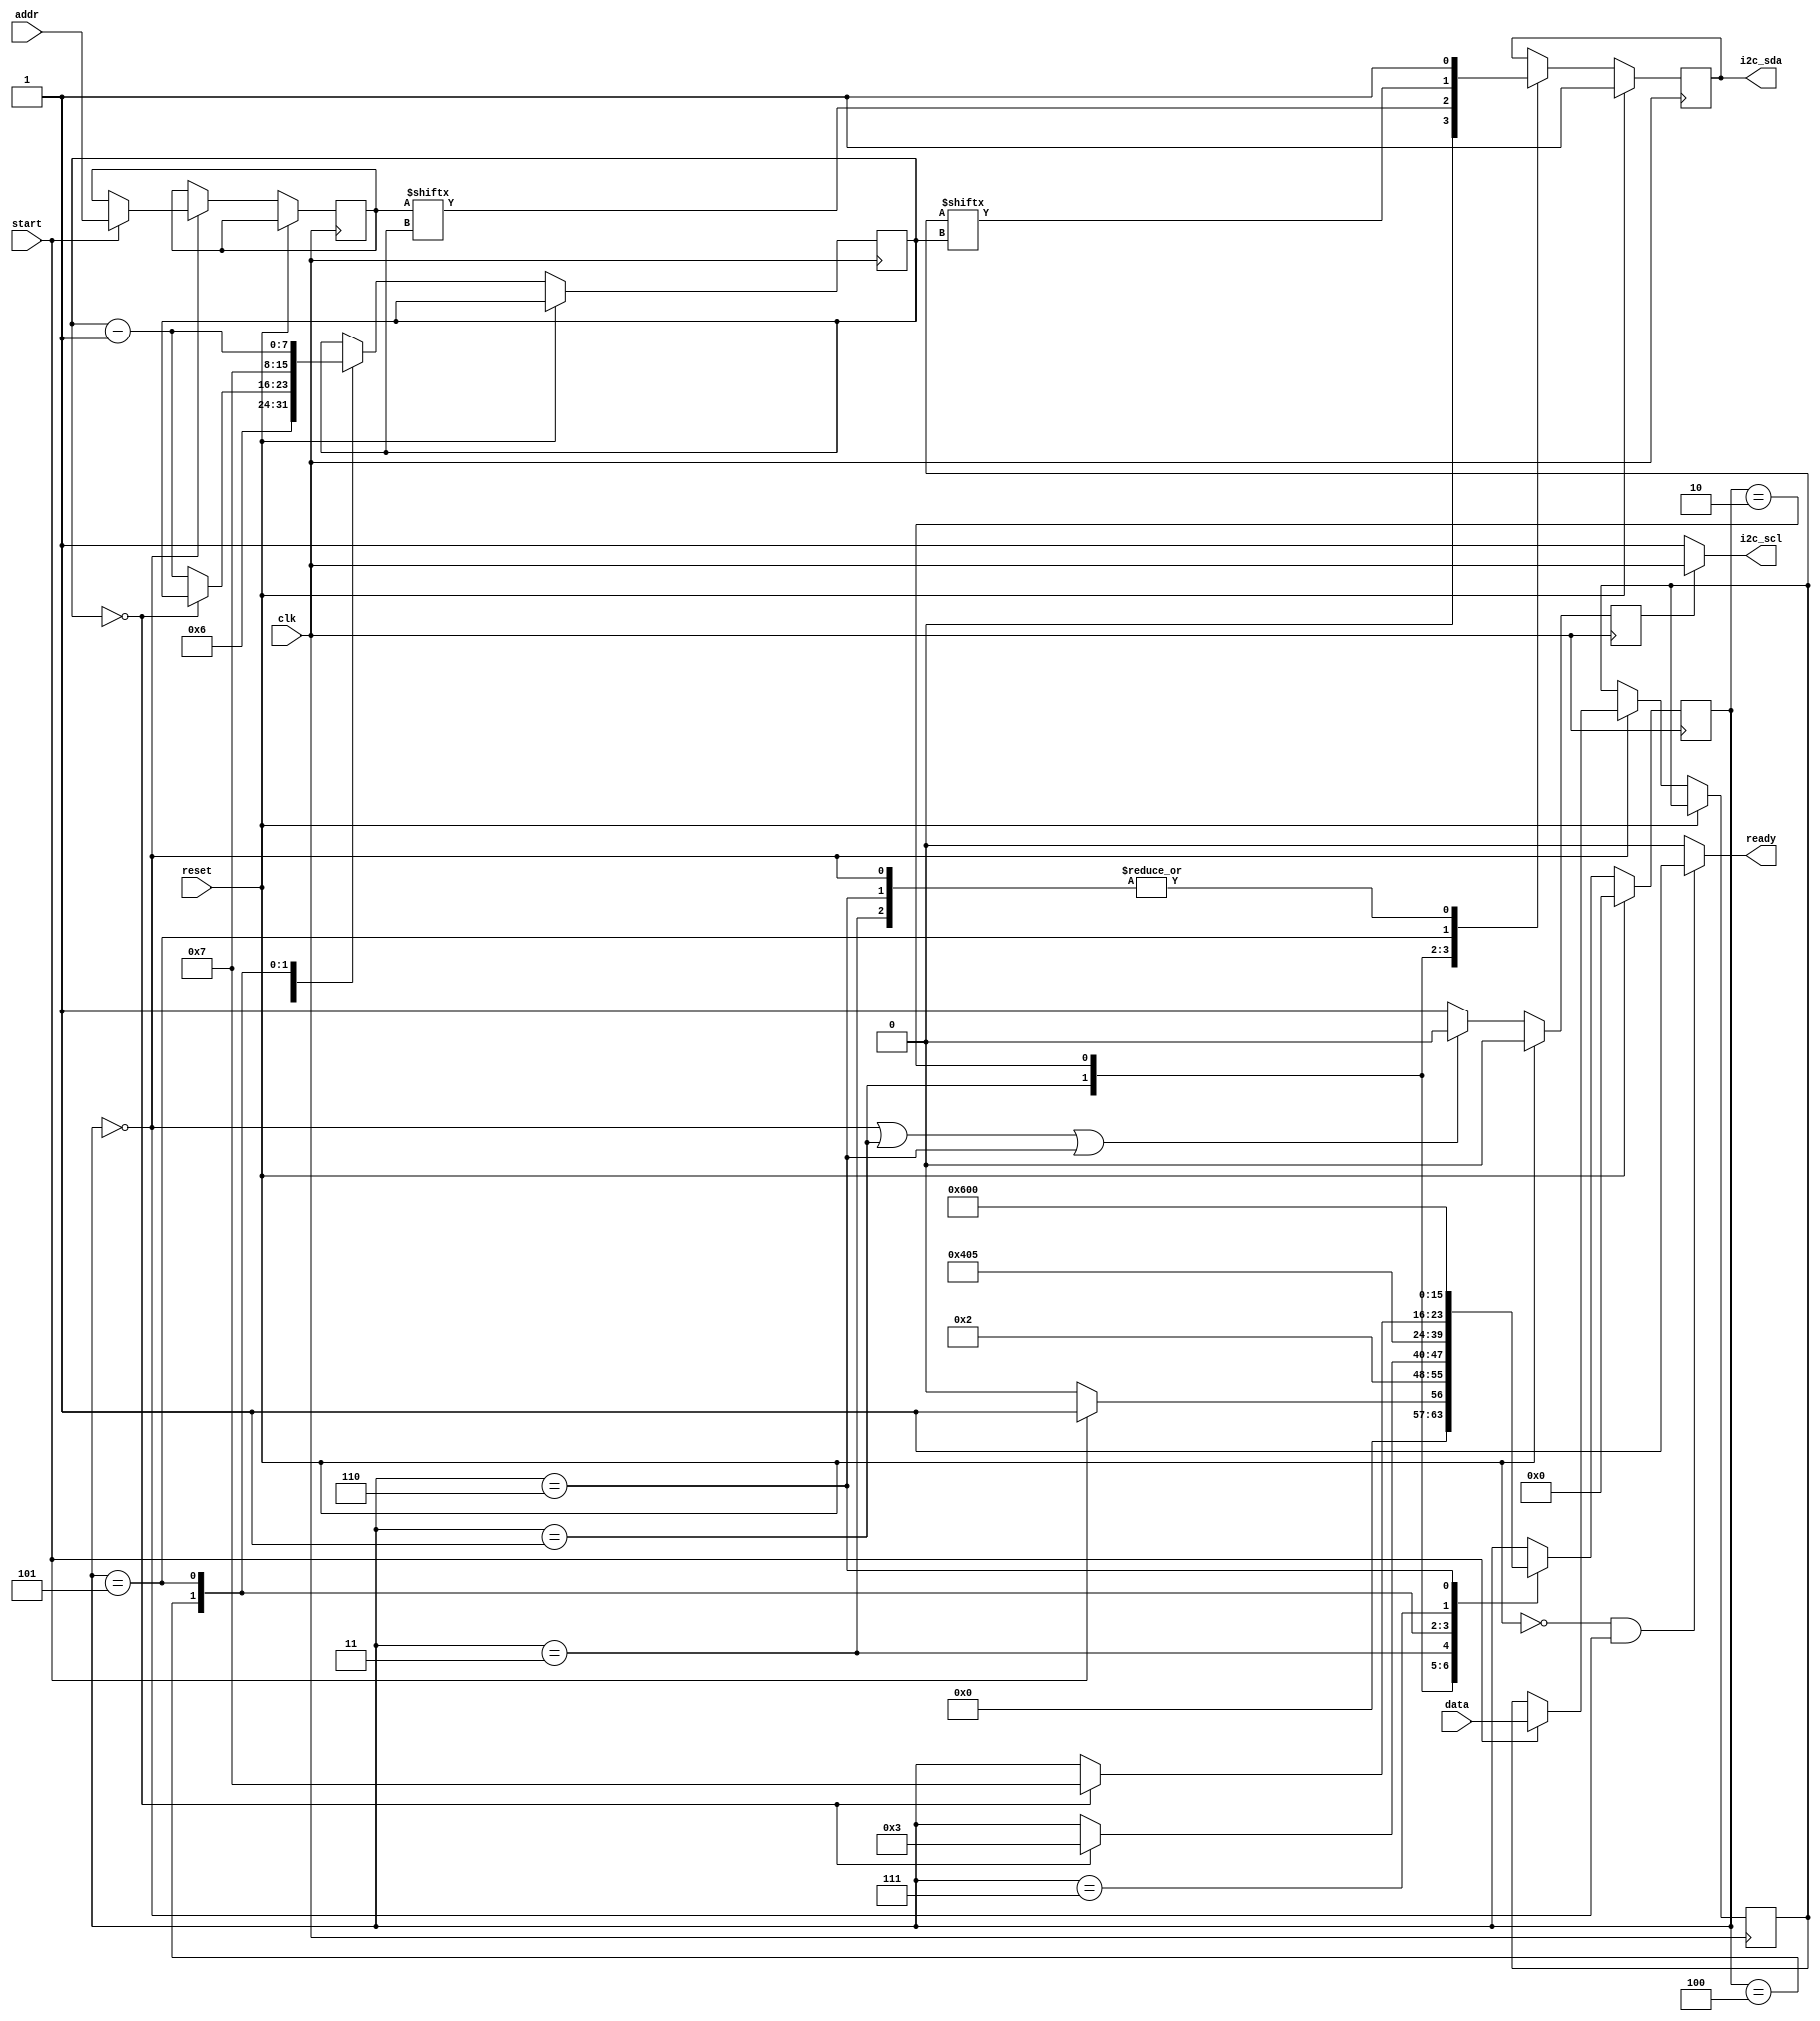

`timescale 1ns / 1ps
`default_nettype none

//////////////////////////////////////////////////////////////////////////////////
module step3(
    input wire clk,
    input wire reset,
    input wire start,
    input wire  [6:0] addr,
    input wire  [7:0] data,
    output reg i2c_sda,
    output wire i2c_scl,
    output wire ready
    );

    reg [7:0] state;
    reg [7:0] count;
	reg [7:0] data1;
	reg i2c_scl_enable = 0;
	
	reg [6:0] saved_addr;
	reg [7:0] saved_data;

    localparam STATE_IDLE = 0;
    localparam STATE_START = 1;
    localparam STATE_ADDR = 2;
    localparam STATE_RW = 3;
    localparam STATE_WACK = 4;
    localparam STATE_DATA = 5;
    localparam STATE_STOP = 6;
    localparam STATE_WACK2 = 7;

assign i2c_scl = (i2c_scl_enable == 0)? 1: clk;
assign ready = ((reset == 0) && (state == STATE_IDLE)) ? 1: 0;
    
    always@(negedge clk) begin  
        if (reset) begin
            i2c_scl_enable <= 0;
        end else begin
            if ((state == STATE_IDLE) || (state == STATE_START) || (state == STATE_STOP)) begin
            i2c_scl_enable <= 0;
            end
            else begin
                i2c_scl_enable <= 1;
                end
        end
        end
    

    always@(posedge clk) begin
        if (reset) begin
            state <= 0;
            i2c_sda <= 1;

        end
        else begin
            case(state)

            STATE_IDLE: begin
                i2c_sda <= 1;
                if (start) begin
                    state <= STATE_START;
                    saved_addr <= addr;
                    saved_data <= data;
                   end
                   
                else state <= STATE_IDLE;
            end

            STATE_START: begin
                i2c_sda <= 0;
                state <= STATE_ADDR;
                count <= 6;
            end

            STATE_ADDR: begin
                i2c_sda <= saved_addr[count];
                if (count == 0) state <= STATE_RW;
                else count <= count -1;
            end

            STATE_RW: begin
                i2c_sda <= 1;
                state <= STATE_WACK;
            end

            STATE_WACK: begin
                state <= STATE_DATA;
                count <= 7;
            end

            STATE_DATA: begin
                i2c_sda <= saved_data[count];
                if (count == 0) state <= STATE_WACK2;
                count <= count -1;
            end
             
             STATE_WACK2: begin
                state <= STATE_STOP;
             end

             STATE_STOP: begin
                i2c_sda <= 1;
                state <= STATE_IDLE;
             end

			endcase
		  end

	end





endmodule